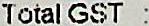
TOTAL GST :